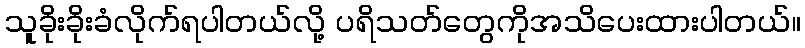
သူခိုးခိုးခံလိုက်ရပါတယ်လို့ ပရိသတ်တွေကိုအသိပေးထားပါတယ်။